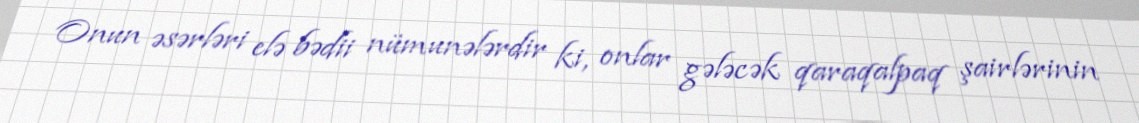
Onun əsərləri elə bədii nümunələrdir ki, onlar gələcək qaraqalpaq şairlərinin